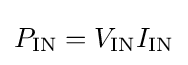
P_{\text{IN}}=V_{\text{IN}}I_{\text{IN}}